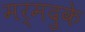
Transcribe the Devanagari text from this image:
मर्मदुके